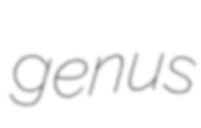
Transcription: genus